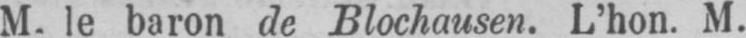
M. le baron de Blochausen. L’hon. M.